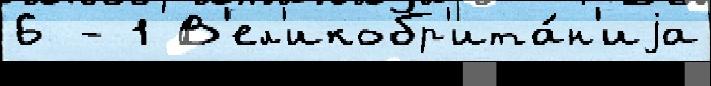
6 - 1 В'ел'икобр'ита́н'иjа